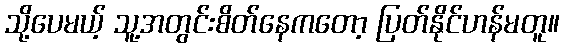
သို့ပေမယ့် သူ့အတွင်းစိတ်နေကတော့ ပြတ်နိုင်ဟန်မတူ။